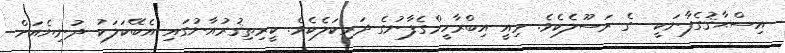
އިސްޙާޤުގެފާނަކީ  ގެ ރަސޫލެކެވެ. މިއީ އިބްރާހީމްގެފާނުގެ ދަރިކަލެކެވެ. ކީރިތިޤުރުއާނުގައި އެބޭކަލަކު ދުނިޔެއަށް